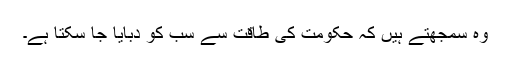
وہ سمجھتے ہیں کہ حکومت کی طاقت سے سب کو دبایا جا سکتا ہے۔